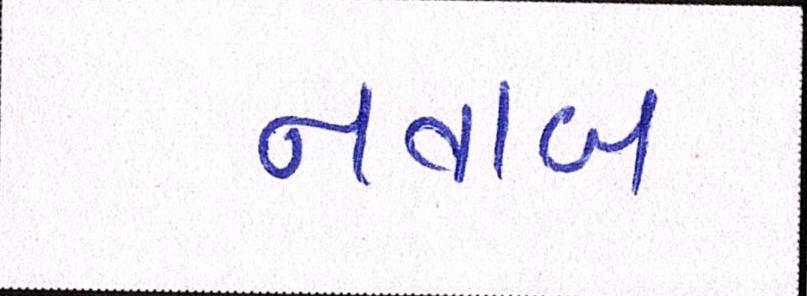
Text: નવાબ